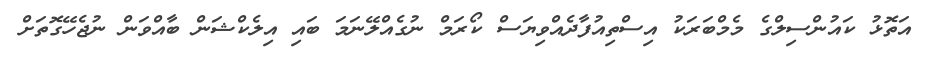
އަތޮޅު ކައުންސިލްގެ މެމްބަރަކު އިސްތިއުފާދެއްވިޔަސް ކޯރަމް ނުގެއްލޭނަމަ ބައި އިލެކްޝަން ބާއްވަން ނުޖެހޭގޮތަށް